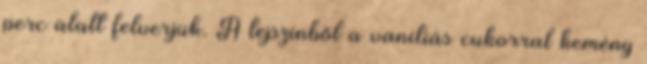
perc alatt felverjük. A tejszínből a vaníliás cukorral kemény